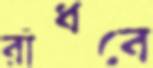
রাঁধবে